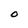
Character: O